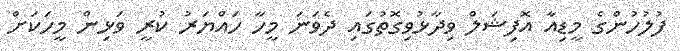
ފުލުހުންގެ މީޑިއާ އޮފިޝަލް ވިދާޅުވިގޮތުގައި ދެވަނަ މީހާ ހައްޔަރު ކުރީ ވަޅިން މީހަކަށް